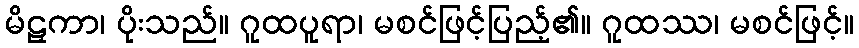
မိဠှကာ၊ ပိုးသည်။ ဂူထပူရာ၊ မစင်ဖြင့်ပြည့်၏။ ဂူထဿ၊ မစင်ဖြင့်။